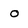
Character: O